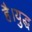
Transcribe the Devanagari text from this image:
है।युद्ध